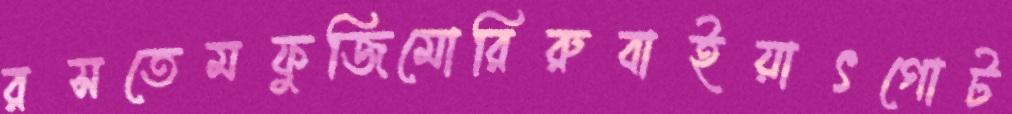
রসতেমফুজিমোরিরুবাইয়াৎগোট